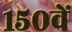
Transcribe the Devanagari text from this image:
१५०वें